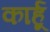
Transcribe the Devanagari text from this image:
कार्हू